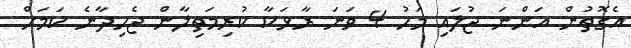
އެގޮތުން އަންނަ ޖުލައި މަހު 4 ވަނަ ރާޅަކާ ކުރިމަތިލާން ޖެހިދާނެ ކަމަށް